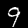
Label: 9